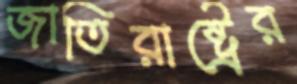
জাতিরাষ্ট্রের